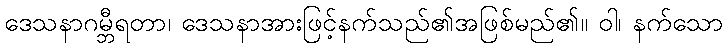
ဒေသနာဂမ္ဘီရတာ၊ ဒေသနာအားဖြင့်နက်သည်၏အဖြစ်မည်၏။ ဝါ၊ နက်သော